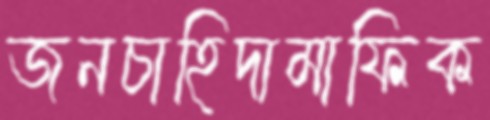
জনচাহিদামাফিক